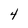
Character: 4